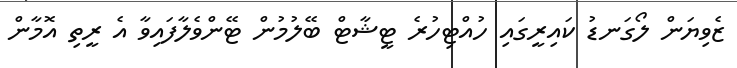
ޒެވިޔަން ލޯގަނޑު ކައިރީގައި ހުއްޓިހުރެ ޓީޝާޓް ބޭލުމުން ޓޭންވެލާފައިވާ އެ ރީތި އޮމާން